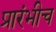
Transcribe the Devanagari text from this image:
प्रारंभीच